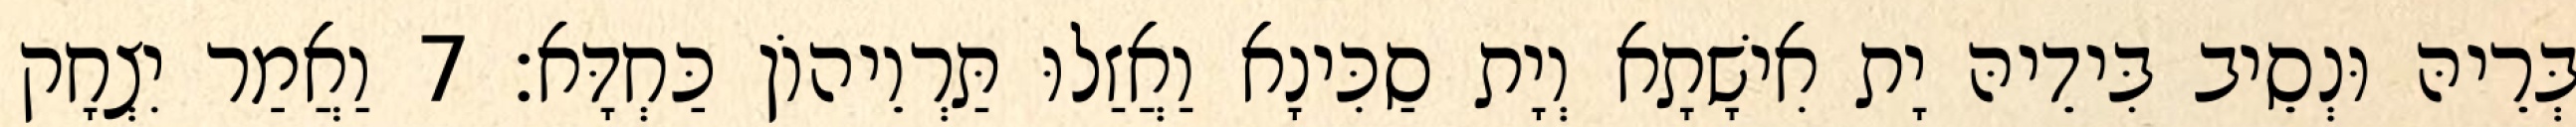
בְּרֵיהּ וּנְסֵיב בִּידֵיהּ יָת אִישָׁתָא וְיָת סַכִּינָא וַאֲזַלוּ תַּרְוֵיהוֹן כַּחְדָּא׃ 7 וַאֲמַר יִצְחָק